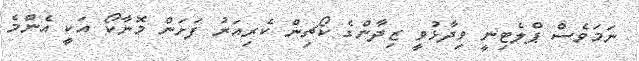
ނަމަވެސް ޕްލެޓިނީ ވިދާޅުވީ ޒިދާންގެ ކޯޗިން ކެރިއަރު ފަށަން މޮނާކޯ އަކީ އެންމެ